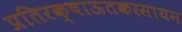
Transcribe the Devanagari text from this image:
प्रतिरक्षाऊतकरसायन